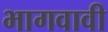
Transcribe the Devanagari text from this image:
भागवावी